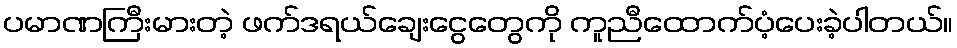
ပမာဏကြီးမားတဲ့ ဖက်ဒရယ်ချေးငွေတွေကို ကူညီထောက်ပံ့ပေးခဲ့ပါတယ်။